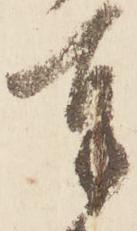
奉